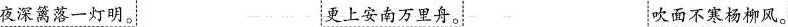
夜深篱落一灯明。 更上安南万里舟。 吹面不寒杨柳风。